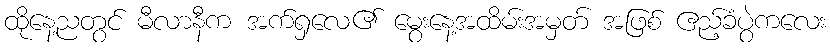
ထိုနေ့ညတွင် မီလာနီက အက်ရှလေ၏ မွေးနေ့အထိမ်းအမှတ် အဖြစ် ဧည့်ခံပွဲကလေး